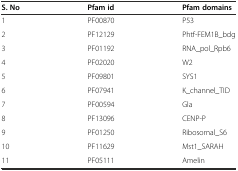
<table><thead><tr><td><b>S. No</b></td><td><b>Pfam id</b></td><td><b>Pfam domains</b></td></tr></thead><tbody><tr><td>1</td><td>PF00870</td><td>P53</td></tr><tr><td>2</td><td>PF12129</td><td>Phtf-FEM1B_bdg</td></tr><tr><td>3</td><td>PF01192</td><td>RNA_pol_Rpb6</td></tr><tr><td>4</td><td>PF02020</td><td>W2</td></tr><tr><td>5</td><td>PF09801</td><td>SYS1</td></tr><tr><td>6</td><td>PF07941</td><td>K_channel_TID</td></tr><tr><td>7</td><td>PF00594</td><td>Gla</td></tr><tr><td>8</td><td>PF13096</td><td>CENP-P</td></tr><tr><td>9</td><td>PF01250</td><td>Ribosomal_S6</td></tr><tr><td>10</td><td>PF11629</td><td>Mst1_SARAH</td></tr><tr><td>11</td><td>PF05111</td><td>Amelin</td></tr></tbody></table>